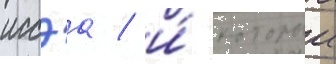
иссэа / и́ которыи